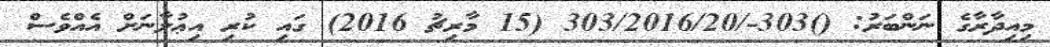
މިއިދާރާގެ ނަންބަރު: ()303-/303/2016/20 (15 މާރިޗު 2016) ގައި ކުރި އިޢުލާނަށް އެއްވެސް